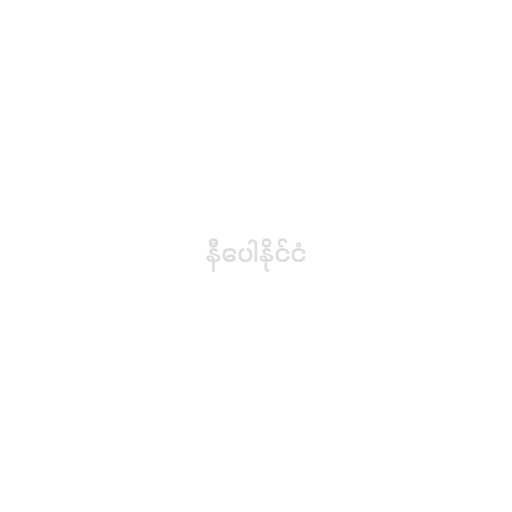
နီပေါနိုင်ငံ